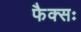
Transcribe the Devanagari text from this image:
फैक्सः